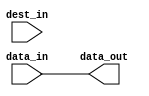
// $Id: c_scatter.v 5188 2012-08-30 00:31:31Z dub $

/*
 Copyright (c) 2007-2012, Trustees of The Leland Stanford Junior University
 All rights reserved.

 Redistribution and use in source and binary forms, with or without
 modification, are permitted provided that the following conditions are met:

 Redistributions of source code must retain the above copyright notice, this 
 list of conditions and the following disclaimer.
 Redistributions in binary form must reproduce the above copyright notice, this
 list of conditions and the following disclaimer in the documentation and/or
 other materials provided with the distribution.

 THIS SOFTWARE IS PROVIDED BY THE COPYRIGHT HOLDERS AND CONTRIBUTORS "AS IS" AND
 ANY EXPRESS OR IMPLIED WARRANTIES, INCLUDING, BUT NOT LIMITED TO, THE IMPLIED
 WARRANTIES OF MERCHANTABILITY AND FITNESS FOR A PARTICULAR PURPOSE ARE 
 DISCLAIMED. IN NO EVENT SHALL THE COPYRIGHT OWNER OR CONTRIBUTORS BE LIABLE FOR
 ANY DIRECT, INDIRECT, INCIDENTAL, SPECIAL, EXEMPLARY, OR CONSEQUENTIAL DAMAGES
 (INCLUDING, BUT NOT LIMITED TO, PROCUREMENT OF SUBSTITUTE GOODS OR SERVICES;
 LOSS OF USE, DATA, OR PROFITS; OR BUSINESS INTERRUPTION) HOWEVER CAUSED AND ON
 ANY THEORY OF LIABILITY, WHETHER IN CONTRACT, STRICT LIABILITY, OR TORT
 (INCLUDING NEGLIGENCE OR OTHERWISE) ARISING IN ANY WAY OUT OF THE USE OF THIS
 SOFTWARE, EVEN IF ADVISED OF THE POSSIBILITY OF SUCH DAMAGE.
*/

//==============================================================================
// spread out bit vector into larger vector
//==============================================================================

module c_scatter
  (data_in, dest_in, data_out);
   
   // width of output data
   parameter out_width = 32;
   
   // population count function (count ones)
   function integer pop_count(input [0:out_width-1] argument);
      integer i;
      begin
	 pop_count = 0;
	 for(i = 0; i < out_width; i = i + 1)
	   pop_count = pop_count + argument[i];
      end
   endfunction
   
   // mask indicating at which positions to put the input vector's bits
   parameter [0:out_width-1] mask = {out_width{1'b1}};
   
   // width of input vector
   localparam in_width = pop_count(mask);
   
   // input vector
   input [0:in_width-1] data_in;
   
   // destination vector
   input [0:out_width-1] dest_in;
   
   // result
   output [0:out_width-1] data_out;
   reg [0:out_width-1] 	  data_out;
   
   integer 		  idx1, idx2;
   
   always @(data_in)
     begin
	idx2 = 0;
	for(idx1 = 0; idx1 < out_width; idx1 = idx1 + 1)
	  if(mask[idx1] == 1'b1)
	    begin
	       data_out[idx1] = data_in[idx2];
	       idx2 = idx2 + 1;
	    end
	  else
	    data_out[idx1] = dest_in[idx1];
     end
   
endmodule